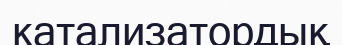
катализатордық